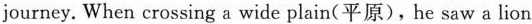
journey. When crossing a wide plain(平原),he saw a lion